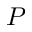
P